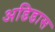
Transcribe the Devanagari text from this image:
अडिडास